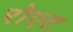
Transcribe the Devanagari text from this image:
रोएट